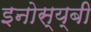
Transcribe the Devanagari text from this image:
इनोस्य्बी